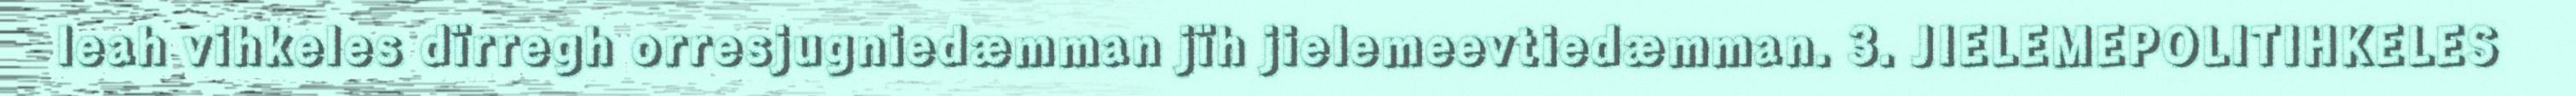
leah vihkeles dïrregh orresjugniedæmman jïh jielemeevtiedæmman. 3. JIELEMEPOLITIHKELES